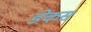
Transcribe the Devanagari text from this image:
डेकस